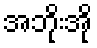
အဘိုးအို